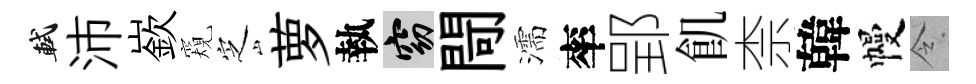
軾沛嶔窺㝎萝執窈閜濡率郢飢柰韓幔令